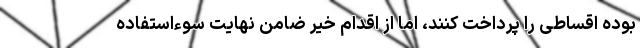
بوده اقساطی را پرداخت کنند، اما از اقدام خیر ضامن نهایت سوءاستفاده